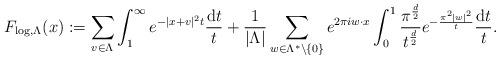
LaTeX: \begin{align*} F_{\log,\Lambda}(x) :=\sum_{v\in\Lambda}\int_1^\infty e^{-|x+v|^2t}\frac{\mathrm{d}t}{t}+\frac{1}{|\Lambda|}\sum_{w\in\Lambda^*\setminus\{0\}}e^{2\pi i w\cdot x}\int_0^1 \frac{\pi^{\frac{d}{2}}}{t^{\frac{d}{2}}}e^{-\frac{\pi^2|w|^2}{t}}\frac{\mathrm{d}t}{t}. \end{align*}